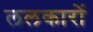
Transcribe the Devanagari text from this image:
ललकारों